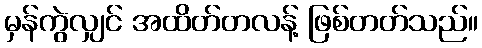
မှန်ကွဲလျှင် အထိတ်တလန့် ဖြစ်တတ်သည်။